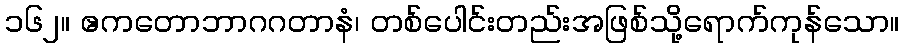
၁၆၂။ ဧကတောဘာဂဂတာနံ၊ တစ်ပေါင်းတည်းအဖြစ်သို့ရောက်ကုန်သော။